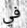
في